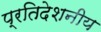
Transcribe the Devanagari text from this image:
प्रतिदेशनीय